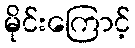
မိုင်းကြောင့်